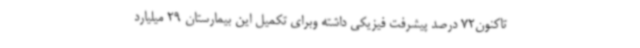
تاکنون72 درصد پیشرفت فیزیکی داشته وبرای تکمیل این بیمارستان 29 میلیارد